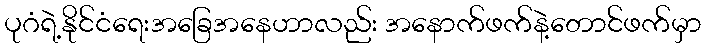
ပုဂံရဲ့နိုင်ငံရေးအခြေအနေဟာလည်း အနောက်ဖက်နဲ့တောင်ဖက်မှာ